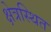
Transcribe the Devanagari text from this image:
क्षेत्रस्थित